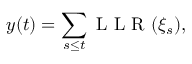
y ( t ) = \sum _ { s \leq t } \mathrm { ~ L ~ L ~ R ~ } ( \xi _ { s } ) ,